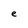
Character: e